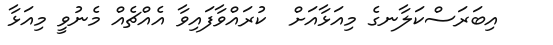
އިބަރަސްކަލާނގެ މިއަޅާއަށް  ކުރައްވާފައިވާ އެއްޗެއް މެނުވީ މިއަޅާ